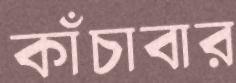
কাঁচাবার